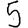
Digit: 5